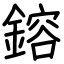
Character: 鎔